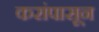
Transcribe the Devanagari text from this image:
करांपासून